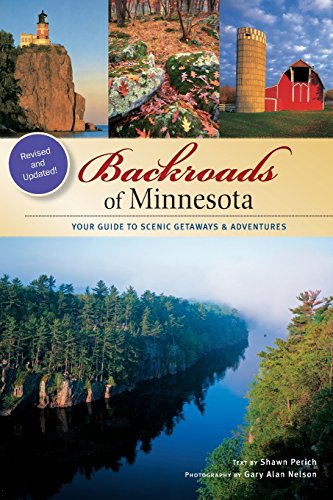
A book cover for Backroads of Minnesota: Your Guide to Scenic Getaways & Adventures; Shawn Perich; Travel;